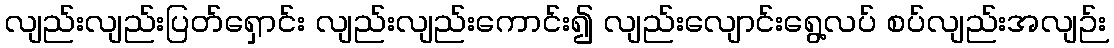
လျည်းလျည်းပြတ်ရှောင်း လျည်းလျည်းကောင်း၍ လျည်းလျောင်းရွေ့လပ် စပ်လျည်းအလျဉ်း